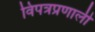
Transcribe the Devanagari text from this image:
विपत्रप्रणाली